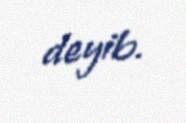
deyib.